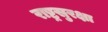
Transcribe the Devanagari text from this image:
राष्ट्रसुरक्षा